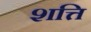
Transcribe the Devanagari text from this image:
शत्ति